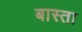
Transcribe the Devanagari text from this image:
बास्ता